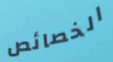
الخصائص